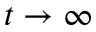
t \to \infty